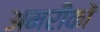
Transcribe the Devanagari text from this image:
अमरीकों